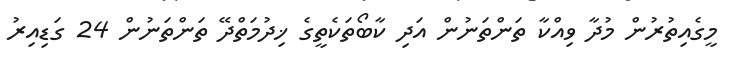
މީގެއިތުރުން މުދާ ވިއްކާ ތަންތަނުން އަދި ކާބޯތަކެތީގެ ޚިދުމަތްދޭ ތަންތަނުން 24 ގަޑިއިރު